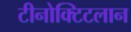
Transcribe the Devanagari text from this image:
टीनोक्टिटलान